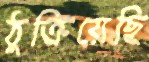
ঠুক্‌রিয়েছি